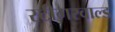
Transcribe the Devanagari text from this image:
स्टीगरवाल्ड